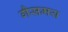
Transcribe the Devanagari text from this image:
गैसमय